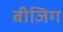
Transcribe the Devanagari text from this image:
बीजिग